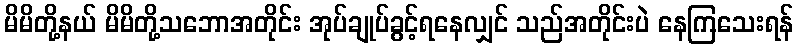
မိမိတို့နယ် မိမိတို့သဘောအတိုင်း အုပ်ချုပ်ခွင့်ရနေလျှင် သည်အတိုင်းပဲ နေကြသေးရန်